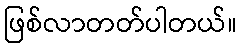
ဖြစ်လာတတ်ပါတယ်။